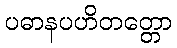
ပဓာနပဟိတတ္တော